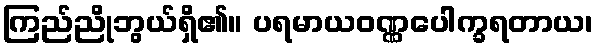
ကြည်ညိုဘွယ်ရှိ၏။ ပရမာယဝဏ္ဏပေါက္ခရတာယ၊